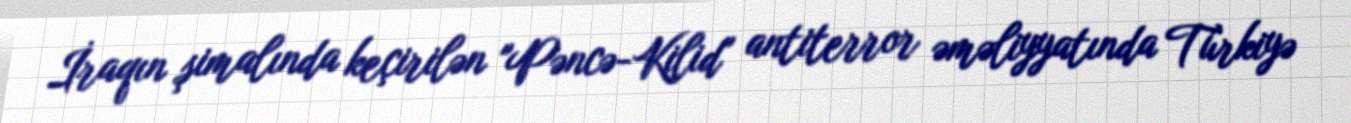
İraqın şimalında keçirilən "Pəncə-Kilid" antiterror əməliyyatında Türkiyə